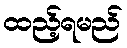
ထည့်ရမည်